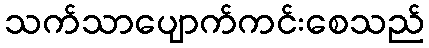
သက်သာပျောက်ကင်းစေသည်